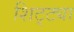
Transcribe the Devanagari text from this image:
शिट्ट्या